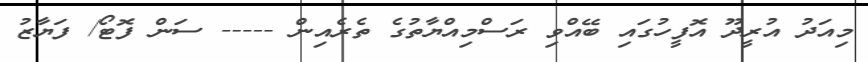
މިއަދު އުރީދޫ އޮފީހުގައި ބޭއްވި ރަސްމިއްޔާތުގެ ތެރެއިން ----- ސަން ފޮޓޯ/ ފަޔާޒު